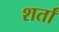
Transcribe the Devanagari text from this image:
शर्तां